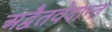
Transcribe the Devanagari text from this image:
अद्वैतवेदान्त